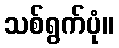
သစ်ရွက်ပုံ။